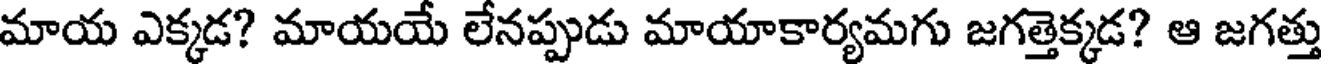
మాయ ఎక్కడ? మాయయే లేనప్పుడు మాయాకార్యమగు జగత్తెక్కడ? ఆ జగత్తు